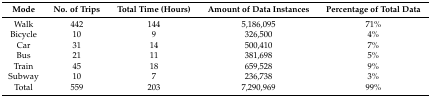
<table><thead><tr><td><b>Mode</b></td><td><b>No. of Trips</b></td><td><b>Total Time (Hours)</b></td><td><b>Amount of Data Instances</b></td><td><b>Percentage of Total Data</b></td></tr></thead><tbody><tr><td>Walk</td><td>442</td><td>144</td><td>5,186,095</td><td>71%</td></tr><tr><td>Bicycle</td><td>10</td><td>9</td><td>326,500</td><td>4%</td></tr><tr><td>Car</td><td>31</td><td>14</td><td>500,410</td><td>7%</td></tr><tr><td>Bus</td><td>21</td><td>11</td><td>381,698</td><td>5%</td></tr><tr><td>Train</td><td>45</td><td>18</td><td>659,528</td><td>9%</td></tr><tr><td>Subway</td><td>10</td><td>7</td><td>236,738</td><td>3%</td></tr><tr><td>Total</td><td>559</td><td>203</td><td>7,290,969</td><td>99%</td></tr></tbody></table>